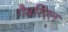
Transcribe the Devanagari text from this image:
गैबरिएल